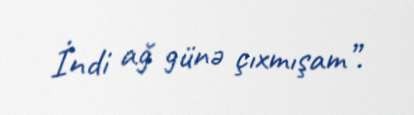
İndi ağ günə çıxmışam”.